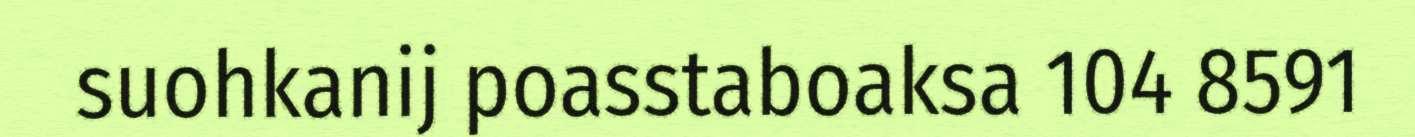
suohkanij poasstaboaksa 104 8591